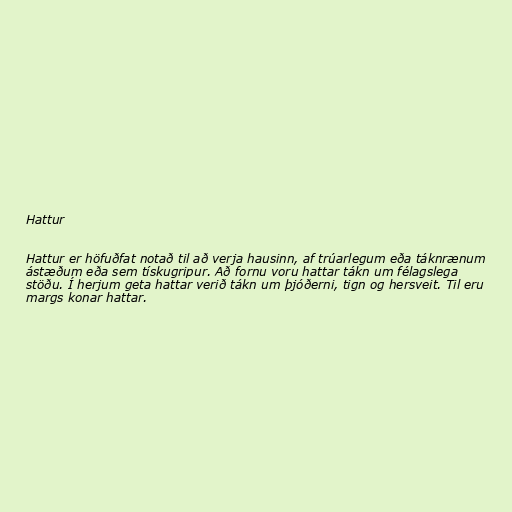
Hattur

Hattur er höfuðfat notað til að verja hausinn, af trúarlegum eða táknrænum
ástæðum eða sem tískugripur. Að fornu voru hattar tákn um félagslega
stöðu. Í herjum geta hattar verið tákn um þjóðerni, tign og hersveit. Til eru
margs konar hattar.